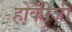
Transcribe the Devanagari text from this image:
होकीजी